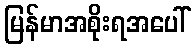
မြန်မာအစိုးရအပေါ်